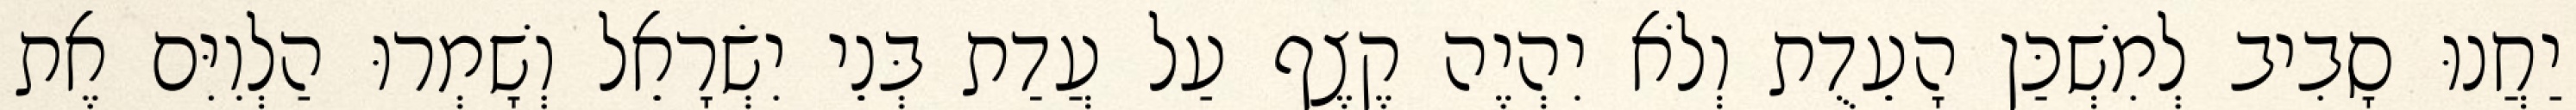
יַחֲנוּ סָבִיב לְמִשְׁכַּן הָעֵדֻת וְלֹא יִהְיֶה קֶצֶף עַל עֲדַת בְּנֵי יִשְׂרָאֵל וְשָׁמְרוּ הַלְוִיִּם אֶת